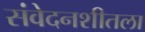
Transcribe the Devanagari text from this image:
संवेदनशीतला